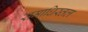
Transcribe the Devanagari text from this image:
समाधिस्तल